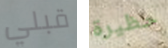
قبلي حظيرة